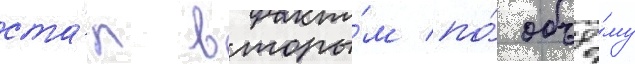
ста́л вторы́м по́ объё́му